Annual report on the working of the mental hospitals in the Madras Presidency - 1912-1932
Year: 1912
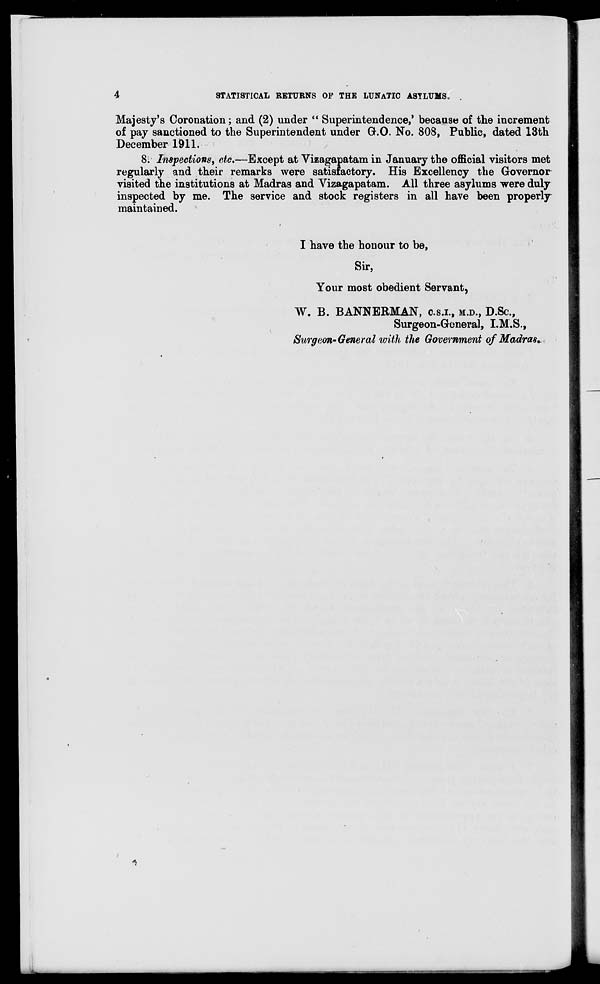
4
STATISTICAL RETURNS OP THE LUNATIC ASYLUMS.
Majesty's Coronation; and (2) under " Superintendence,' because of the increment
of pay sanctioned to the Superintendent under G.O. No. 808, Public, dated 13th
December 1911.
8: Inspectionsr, etc.—Except at Vizagapatam in January the official visitors met
regularly and their remarks were satisfactory. His Excellency the Governor
visited the institutions at Madras and Vizagapatam. All three asylums were duly
inspected by me. The service and stock registers in all have been properly
maintained.
I have the honour to be,
Sir,
Your most obedient Servant,
W. B. BANNERMAN, o.s.i., M.D., D.SC,
Surgeon-General, I.M.S.,
Surgeon-General with the Government of Madras,